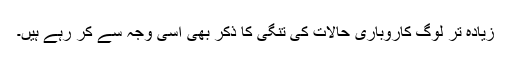
زیادہ تر لوگ کاروباری حالات کی تنگی کا ذکر بھی اسی وجہ سے کر رہے ہیں۔